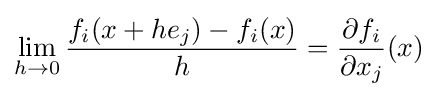
\lim _{h\to 0}{\frac {f_{i}(x+he_{j})-f_{i}(x)}{h}}={\frac {\partial f_{i}}{\partial x_{j}}}(x)